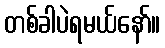
တစ်ခါပဲရမယ်နော်။